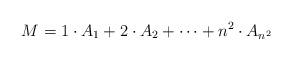
LaTeX: \begin{align*}M=1\cdot A_1 +2\cdot A_2 +\cdots +n^2 \cdot A_{n^2}\end{align*}